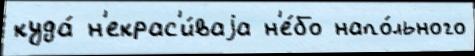
куда́ н'екрас'и́ваjа н'е́бо напо́льного